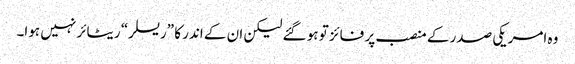
وہ امریکی صدر کے منصب پر فائز تو ہو گئے لیکن ان کے اندر کا ”ریسلر“ ریٹائر نہیں ہوا۔